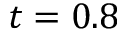
t = 0 . 8